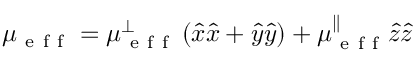
\mu _ { \mathrm { ~ e ~ f ~ f ~ } } = \mu _ { \mathrm { ~ e ~ f ~ f ~ } } ^ { \perp } \left( \hat { x } \hat { x } + \hat { y } \hat { y } \right) + \mu _ { \mathrm { ~ e ~ f ~ f ~ } } ^ { \parallel } \hat { z } \hat { z }